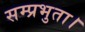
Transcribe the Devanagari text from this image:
सम्प्रभुता।